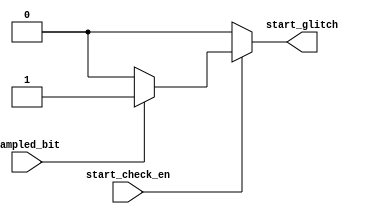
module start_check(
  
  input wire start_check_en,
  input wire sampled_bit,
  output reg start_glitch
  );
  
  always@(*)
    begin
      if(start_check_en)
        begin
          if(( sampled_bit == 1'b0 ))
            begin
              start_glitch =1'b0;
            end
          else
            begin
              start_glitch =1'b1;
            end
          end
        else
          begin
            start_glitch =1'b0;
          end
          
      end
      
endmodule